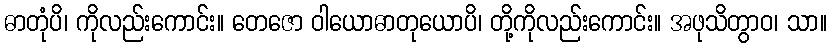
ဓာတုံပိ၊ ကိုလည်းကောင်း။ တေဇော ဝါယောဓာတုယောပိ၊ တို့ကိုလည်းကောင်း။ အဖုသိတွာဝ၊ သာ။